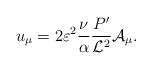
LaTeX: \begin{align*}u_{\mu} = 2 \varepsilon^2 \frac{\nu}{\alpha} \frac{P'}{{\cal L}^2} {\cal A}_{\mu}. \end{align*}